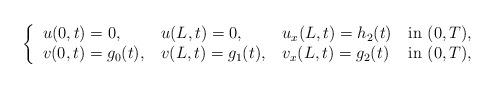
LaTeX: \begin{align*}\left\lbrace\begin{tabular}{l l l l}$u(0,t) = 0$, & $u(L,t) = 0$, & $u_{x}(L,t) = h_2(t)$ & in $(0,T)$,\\$v(0,t) =g_0(t)$, & $v(L,t) = g_1(t)$, & $v_{x}(L,t) = g_2(t)$ & in $(0,T)$,\end{tabular}\right.\end{align*}